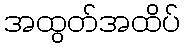
အထွတ်အထိပ်